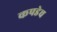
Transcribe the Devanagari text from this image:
कपडेच